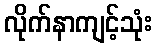
လိုက်နာကျင့်သုံး